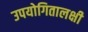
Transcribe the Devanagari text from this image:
उपयोगितालक्षी